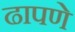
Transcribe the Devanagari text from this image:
ढापणे